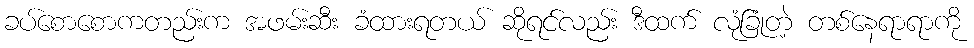
ခပ်စောစောကတည်းက အဖမ်းဆီး ခံထားရတယ် ဆိုရင်လည်း ဒီထက် လုံခြုံတဲ့ တစ်နေရာရာကို